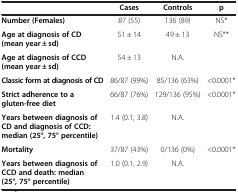
<table><thead><tr><td><b> </b></td><td><b>Cases</b></td><td><b>Controls</b></td><td><b>p</b></td></tr></thead><tbody><tr><td><b>Number (Females)</b></td><td>87 (55)</td><td>136 (89)</td><td>NS*</td></tr><tr><td><b>Age at diagnosis of CD (mean year ± sd)</b></td><td>51 ± 14</td><td>49 ± 13</td><td>NS**</td></tr><tr><td><b>Age at diagnosis of CCD (mean year ± sd)</b></td><td>54 ± 13</td><td>N.A.</td><td> </td></tr><tr><td><b>Classic form at diagnosis of CD</b></td><td>86/87 (99%)</td><td>85/136 (63%)</td><td>&lt;0.0001*</td></tr><tr><td><b>Strict adherence to a gluten-free diet</b></td><td>66/87 (76%)</td><td>129/136 (95%)</td><td>&lt;0.0001*</td></tr><tr><td><b>Years between diagnosis of CD and diagnosis of CCD: median (25°, 75° percentile)</b></td><td>1.4 (0.1, 3.8)</td><td>N.A.</td><td> </td></tr><tr><td><b>Mortality</b></td><td>37/87 (43%)</td><td>0/136 (0%)</td><td>&lt;0.0001*</td></tr><tr><td><b>Years between diagnosis of CCD and death: median (25°, 75° percentile)</b></td><td>1.0 (0.1, 2.9)</td><td>N.A.</td><td> </td></tr></tbody></table>